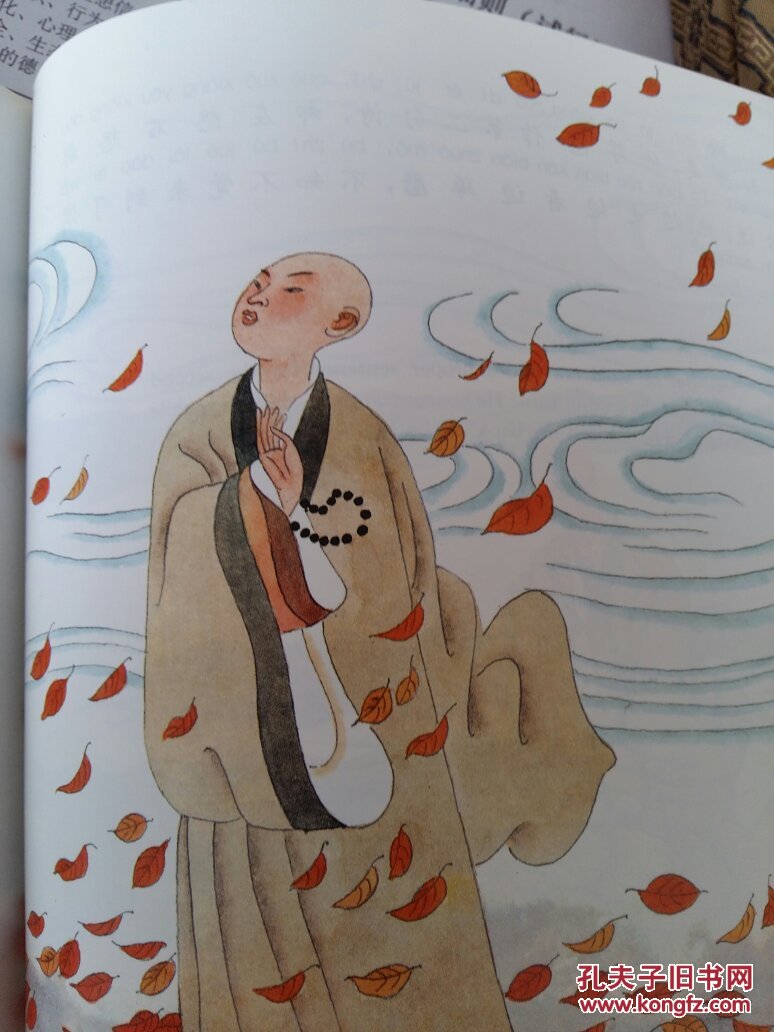
事莫明于有效，论莫定于有证。